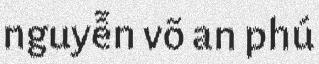
nguyễn võ an phú